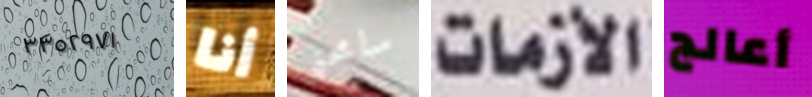
٣٣٥٢٩٧١ أنا سامحني الأزمات أعالج